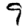
Digit: 9